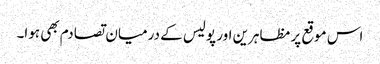
اس موقع پر مظاہرین اور پولیس کے درمیان تصادم بھی ہوا۔